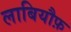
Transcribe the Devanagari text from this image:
लाबियौफ़